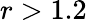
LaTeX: r>1.2